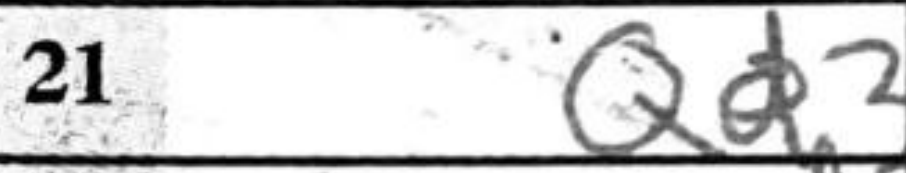
Transcription: Qd3